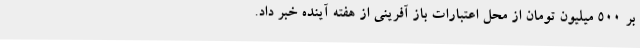
بر 500 میلیون تومان از محل اعتبارات باز آفرینی از هفته آینده خبر داد.